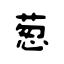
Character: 葱